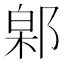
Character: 𬪎